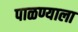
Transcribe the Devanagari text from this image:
पाळण्याला